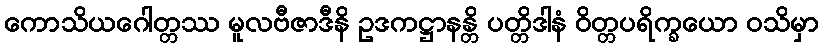
ကောသိယဂေါတ္တဿ မူလဗီဇာဒီနိ ဥဒကဋ္ဌာနန္တိ ပတ္တိဒါနံ ဝိတ္တပရိက္ခယော ဝသိမှာ